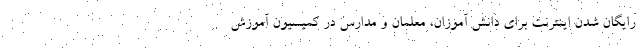
رایگان شدن اینترنت برای دانش آموزان، معلمان و مدارس در کمیسیون آموزش